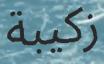
زكيبة